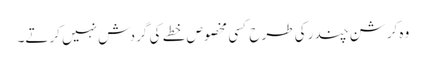
وہ کرشن چندر کی طرح کسی مخصوص خطے کی گردش نہیں کرتے۔